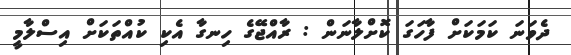
ދެވަނަ ކަމަކަށް ފާހަގަ ކޮށްލާނަން : ރާއްޖޭގެ ހިނގާ އެކި ކުއްތަކަށް އިސްލާމީ